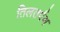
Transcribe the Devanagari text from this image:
तिलतर्पण